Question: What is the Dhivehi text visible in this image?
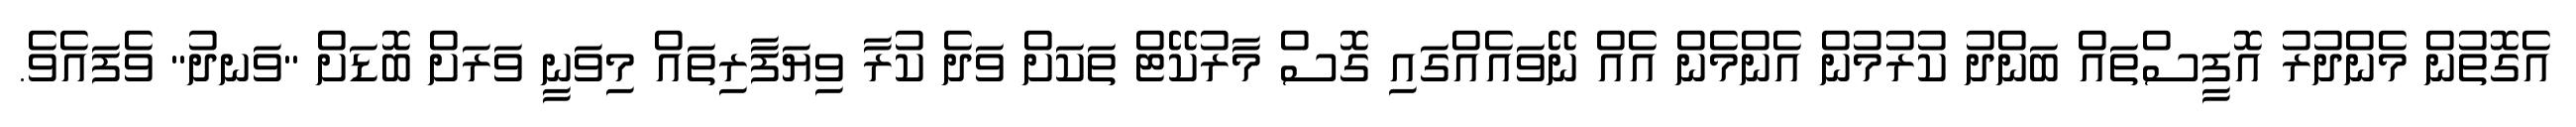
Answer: އެގޮތުން މެންދުރު އޮފީސްތައް ބަންދު ކުރުމުން އެންމެން އެއް ނޭވައެއްގައި ގޮސް މާރުކޭޓް ތަކަށް ވަދެ ކުރާ ވިޔަފާރިތައް މިވަނީ ވަރަށް ބޮޑަށް "ވަނދު" ވެފައެވެ.